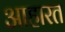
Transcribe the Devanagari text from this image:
आहारत